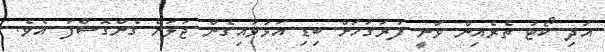
އަދި ކޯޓު ތެރެއިން ވަނީ ފުރަގަހަށް ބިޑި އަޅުވައިގެން ޖަލަށް ގެންގޮސްފަ އެވެ.